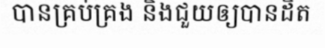
បានគ្រប់គ្រង និងជួយឲ្យបានដិត